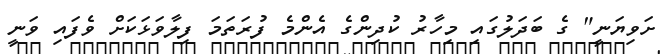
ށަވިޔަނީ" ގެ ބަދަލުގައި މިހާރު ކުދިންގެ އެންމެ ފުރަތަމަ ފިލާވަޅަކަށް ވެފައި ވަނީ